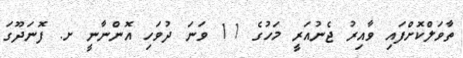
ތާވަލްކޮށްފައި ވާއިރު ޖެނުއަރީ މަހުގެ 11 ވަނަ ދުވަހި އޮންނާނީ ށ. ފޮނަދޫގަ